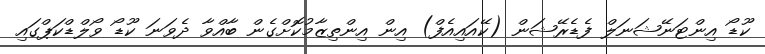
ކޫޑޯ އިންޓަނޭޝަނަލް ފެޑެރޭޝަން (ކޭއައިއެފް) އިން އިންތިޒާމުކޮށްގެން ބާއްވާ ދެވަނަ ކޫޑޯ ވޯލްޑްކަޕްގައި